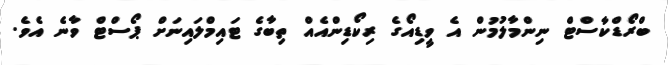
ބްރޯޑްކާސްޓް ނިންމާލުމުން އެ ވީޑިއޯގެ ރިކޯޑިންއެއް ތިބާގެ ޓައިމްލައިނަށް ޕޯސްޓް ވާނެ އެވެ.